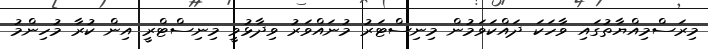
މިރަސްމިއްޔާތުގައި ވާހަކަ ދައްކަވަމުން މިނިސްޓަރު މުނައްވަރު ވިދާޅުވީ މިނިސްޓްރީ އިން ކުރާ މުހިންމު